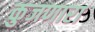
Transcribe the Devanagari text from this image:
कुजणारा